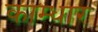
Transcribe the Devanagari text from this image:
काम्धार